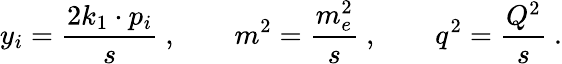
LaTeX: y_{i}=\frac{2k_{1}\cdot p_{i}}{s}~,\qquad m^{2}=\frac{m_{e}^{2}}{s}~,\qquad q^{2}=\frac{Q^{2}}{s}~.